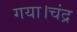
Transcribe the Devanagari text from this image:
गया।चंद्र